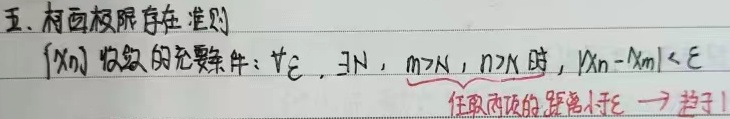
五、柯西极限存在准则
$\{x_n\}$收敛的充要条件：$\forall \varepsilon,\exists N$，当$m > N$，$n > N$时，$|x_n - x_m| < \varepsilon$，任取两项的距离小于$\varepsilon$ $\to$ 趋于1